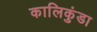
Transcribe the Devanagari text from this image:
कालिकुंडा